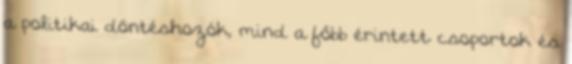
a politikai döntéshozók, mind a főbb érintett csoportok és